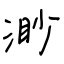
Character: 渺